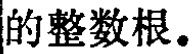
的整数根。